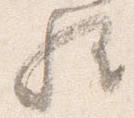
歟